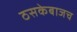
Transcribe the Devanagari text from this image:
ठसकेबाजच